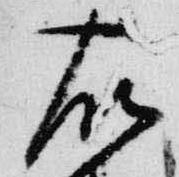
右